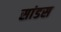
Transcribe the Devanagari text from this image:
सांडस